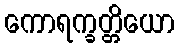
ကောရက္ခတ္တိယော